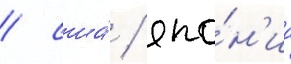
/ сша́ / япо́н'иа